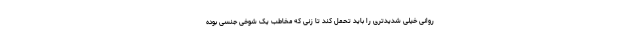
روانی خیلی شدیدتری را باید تحمل کند تا زنی که مخاطب یک شوخی جنسی بوده